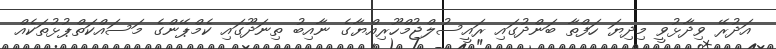
އަދުރޭ ވިދާޅުވީ މިދިޔަ ހަފްތާ ބަންދުގައި ރައީސުލްޖުމްހޫރިއްޔާގެ ނާއިބު ތިނަދޫގައި ކެމްޕޭންގެ މަސައްކަތްޕުޅުތަކެއް